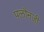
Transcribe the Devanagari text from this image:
पलौनजी